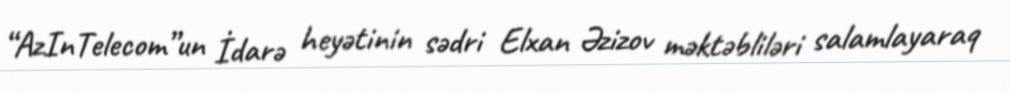
“AzInTelecom”un İdarə heyətinin sədri Elxan Əzizov məktəbliləri salamlayaraq